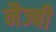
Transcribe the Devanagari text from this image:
नैज्बी